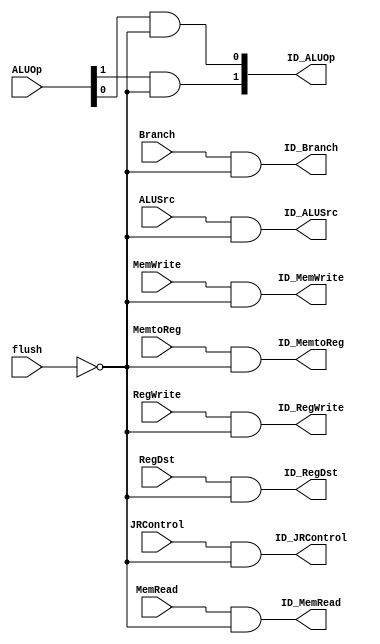
`timescale 1ns / 1ps
//////////////////////////////////////////////////////////////////////////////////
// Company: 
// Engineer: 
// 
// Design Name: 
// Module Name:    flushblock 
// Project Name: 
// Target Devices: 
// Tool versions: 
// Description: 
//
// Dependencies: 
//
// Revision: 
// Revision 0.01 - File Created
// Additional Comments: 
//
//////////////////////////////////////////////////////////////////////////////////
module flushBlock(
ID_RegDst,ID_ALUSrc, ID_MemtoReg,ID_RegWrite,ID_MemRead,ID_MemWrite,
ID_Branch,ID_ALUOp,ID_JRControl,flush,RegDst,ALUSrc,MemtoReg,RegWrite,
MemRead,MemWrite,Branch,ALUOp,JRControl);

output ID_RegDst,ID_ALUSrc,ID_MemtoReg,ID_RegWrite,ID_MemRead,ID_MemWrite,ID_Branch,ID_JRControl;
output [1:0] ID_ALUOp;
input flush,RegDst,ALUSrc,MemtoReg,RegWrite,MemRead,MemWrite,Branch,JRControl;
input [1:0] ALUOp;

not (notflush,flush);
and and1(ID_RegDst,RegDst,notflush);
and and2(ID_ALUSrc,ALUSrc,notflush);
and and3(ID_MemtoReg,MemtoReg,notflush);
and and4(ID_RegWrite,RegWrite,notflush);
and and5(ID_MemRead,MemRead,notflush);
and and6(ID_MemWrite,MemWrite,notflush);
and and7(ID_Branch,Branch,notflush);
and and8(ID_JRControl,JRControl,notflush);
and and9(ID_ALUOp[1],ALUOp[1],notflush);
and and10(ID_ALUOp[0],ALUOp[0],notflush);
// generating delay by discarding the ID control signals 
endmodule